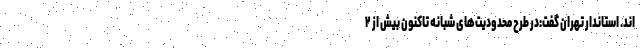
اند. استاندار تهران گفت:در طرح محدودیت‌های شبانه تاکنون بیش از ۲